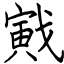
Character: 戭